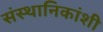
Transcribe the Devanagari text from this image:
संस्थानिकांशी